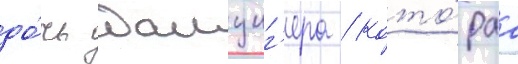
до́чь данциг'ера / кото́раа